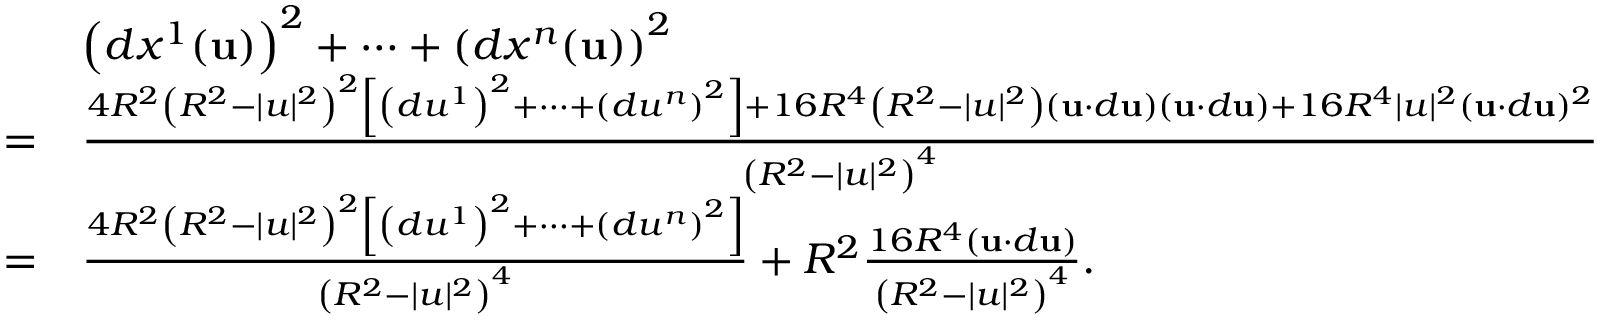
{ \begin{array} { r l } & { \left( d x ^ { 1 } ( \mathbf { u } ) \right) ^ { 2 } + \cdots + \left( d x ^ { n } ( \mathbf { u } ) \right) ^ { 2 } } \\ { = } & { { \frac { 4 R ^ { 2 } \left( R ^ { 2 } - | u | ^ { 2 } \right) ^ { 2 } \left[ \left( d u ^ { 1 } \right) ^ { 2 } + \cdots + \left( d u ^ { n } \right) ^ { 2 } \right] + 1 6 R ^ { 4 } \left( R ^ { 2 } - | u | ^ { 2 } \right) ( \mathbf { u } \cdot d \mathbf { u } ) ( \mathbf { u } \cdot d \mathbf { u } ) + 1 6 R ^ { 4 } | u | ^ { 2 } ( \mathbf { u } \cdot d \mathbf { u } ) ^ { 2 } } { \left( R ^ { 2 } - | u | ^ { 2 } \right) ^ { 4 } } } } \\ { = } & { { \frac { 4 R ^ { 2 } \left( R ^ { 2 } - | u | ^ { 2 } \right) ^ { 2 } \left[ \left( d u ^ { 1 } \right) ^ { 2 } + \cdots + \left( d u ^ { n } \right) ^ { 2 } \right] } { \left( R ^ { 2 } - | u | ^ { 2 } \right) ^ { 4 } } } + R ^ { 2 } { \frac { 1 6 R ^ { 4 } ( \mathbf { u } \cdot d \mathbf { u } ) } { \left( R ^ { 2 } - | u | ^ { 2 } \right) ^ { 4 } } } . } \end{array} }